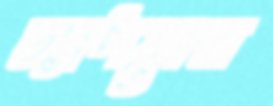
চ্যাপমেন